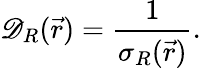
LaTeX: \mathscr{D}_{R}(\vec{{r}})=\frac{{1}}{{\sigma_{R}(\vec{{r}})}}.